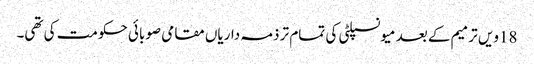
18ویں ترمیم کے بعد میونسپلٹی کی تمام تر ذمہ داریاں مقامی صوبائی حکومت کی تھی۔